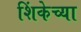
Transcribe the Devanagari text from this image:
शिंकेच्या